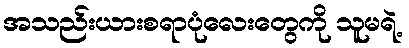
အသည်းယားစရာပုံလေးတွေကို သူမရဲ့